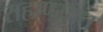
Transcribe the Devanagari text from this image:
राहाण्यात